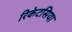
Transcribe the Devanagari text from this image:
रिकेटसिया